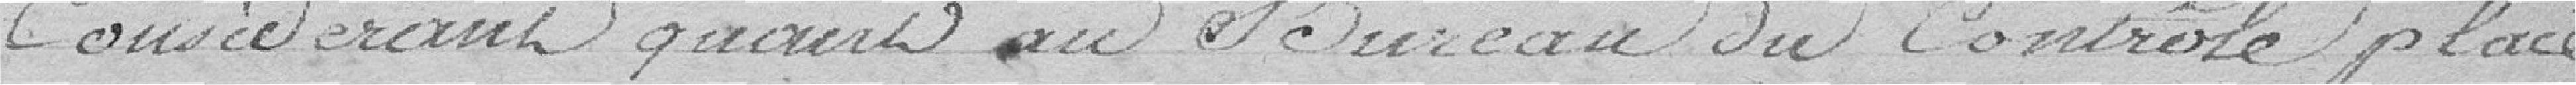
Considérant quant au Bureau du contrôle placé